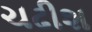
ચઢીશ